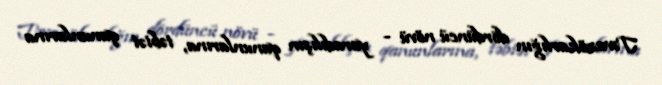
Təvazökarlığın dördüncü növü - yaradılışın qanunlarına, təbiət qanunlarına